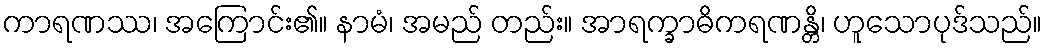
ကာရဏဿ၊ အကြောင်း၏။ နာမံ၊ အမည် တည်း။ အာရက္ခာဓိကရဏန္တိ၊ ဟူသောပုဒ်သည်။